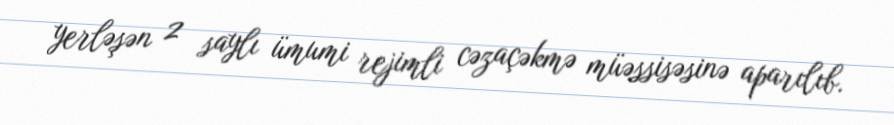
yerləşən 2 saylı ümumi rejimli cəzaçəkmə müəssisəsinə aparılıb.